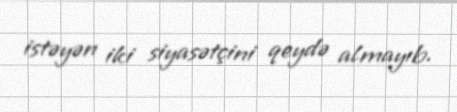
istəyən iki siyasətçini qeydə almayıb.